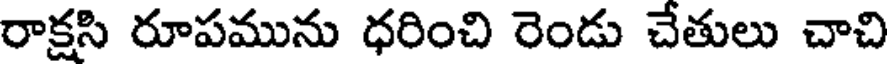
రాక్షసి రూపమును ధరించి రెండు చేతులు చాచి